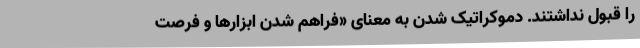
را قبول نداشتند. دموکراتیک شدن به معنای «فراهم شدن ابزارها و فرصت